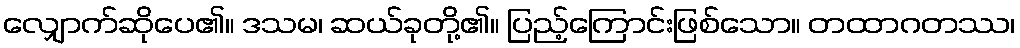
လျှောက်ဆိုပေ၏။ ဒသမ၊ ဆယ်ခုတို့၏။ ပြည့်ကြောင်းဖြစ်သော။ တထာဂတဿ၊